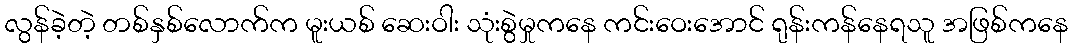
လွန်ခဲ့တဲ့ တစ်နှစ်လောက်က မူးယစ် ဆေးဝါး သုံးစွဲမှုကနေ ကင်းဝေးအောင် ရုန်းကန်နေရသူ အဖြစ်ကနေ